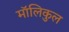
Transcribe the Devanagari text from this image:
मॉलिकुल